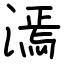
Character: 漹